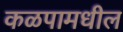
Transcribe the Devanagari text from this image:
कळपामधील